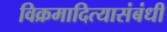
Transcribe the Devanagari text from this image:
विक्रमादित्यासंबंधी